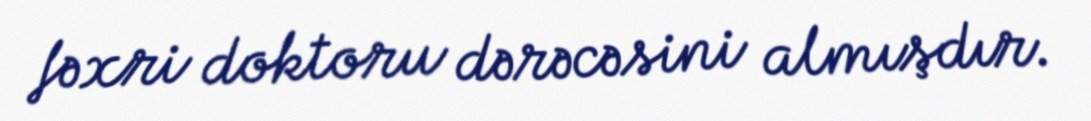
fəxri doktoru dərəcəsini almışdır.